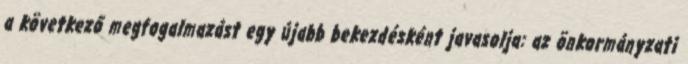
a következő megfogalmazást egy újabb bekezdésként javasolja: az önkormányzati